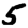
Digit: 5